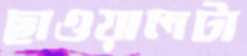
ছাওয়ালটা